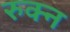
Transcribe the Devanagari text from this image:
रुक्न